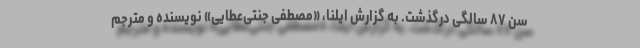
سن ۸۷ سالگی درگذشت. به گزارش ایلنا، «مصطفی جنتی‌عطایی» نویسنده و مترجم